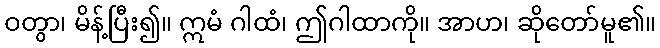
ဝတွာ၊ မိန့်ပြီး၍။ ဣမံ ဂါထံ၊ ဤဂါထာကို။ အာဟ၊ ဆိုတော်မူ၏။